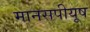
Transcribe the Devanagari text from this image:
मानसपीयूष